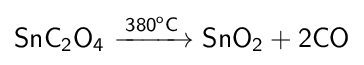
{\mathsf {SnC_{2}O_{4}\ {\xrightarrow {380^{o}C}}\ SnO_{2}+2CO}}